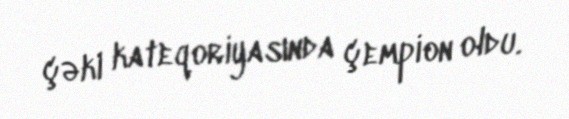
çəki kateqoriyasında çempion oldu.